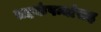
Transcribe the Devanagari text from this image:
सहकंपन्यांसह